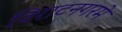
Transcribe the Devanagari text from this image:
विराटनगरमे